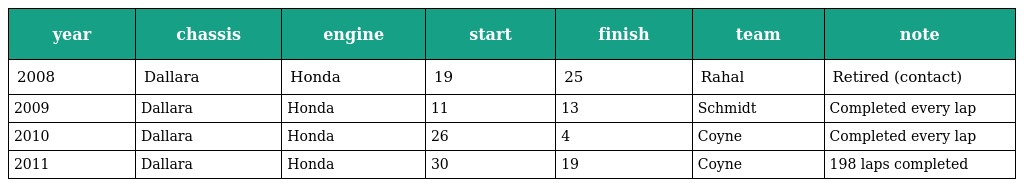
| year | chassis | engine | start | finish | team | note |
 | --- | --- | --- | --- | --- | --- | --- |
 | 2008 | Dallara | Honda | 19 | 25 | Rahal | Retired (contact) |
 | 2009 | Dallara | Honda | 11 | 13 | Schmidt | Completed every lap |
 | 2010 | Dallara | Honda | 26 | 4 | Coyne | Completed every lap |
 | 2011 | Dallara | Honda | 30 | 19 | Coyne | 198 laps completed |